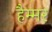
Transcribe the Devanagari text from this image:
हैम्मर